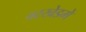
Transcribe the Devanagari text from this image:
वरखेडमें